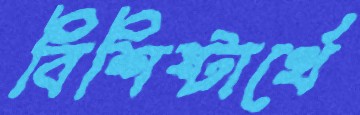
বিশিষ্টার্থে